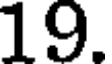
19.